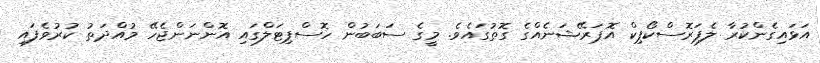
އަޅައިގެންކުރާ ލެޕަރޮސްކޯޕިކް އޮޕަރޭޝަނެއްގެ ގޮތުގައެވެ. މީގެ ސަބަބުން ހޮސްޕިޓަލްގައި އޮންނަންޖެހޭ މުއްދަތު ކުރުވެފައި